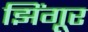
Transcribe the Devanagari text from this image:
झिंगूर